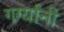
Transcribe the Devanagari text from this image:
गर्ग्यांनी